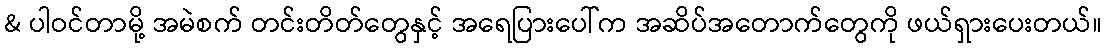
& ပါဝင်တာမို့ အမဲစက် တင်းတိတ်တွေနှင့် အရေပြားပေါ်က အဆိပ်အတောက်တွေကို ဖယ်ရှားပေးတယ်။